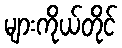
များကိုယ်တိုင်